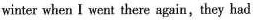
winter when I went there again, they had